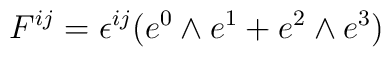
F^{ij} = \epsilon^{ij} ( e^0 \wedge e^1 + e^2\wedge e^3)